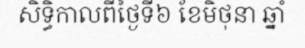
សិទ្ធិកាលពីថ្ងៃទី៦ ខែមិថុនា ឆ្នាំ